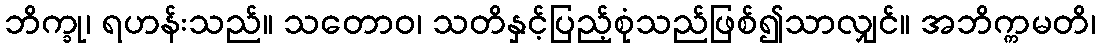
ဘိက္ခု၊ ရဟန်းသည်။ သတောဝ၊ သတိနှင့်ပြည့်စုံသည်ဖြစ်၍သာလျှင်။ အဘိက္ကမတိ၊